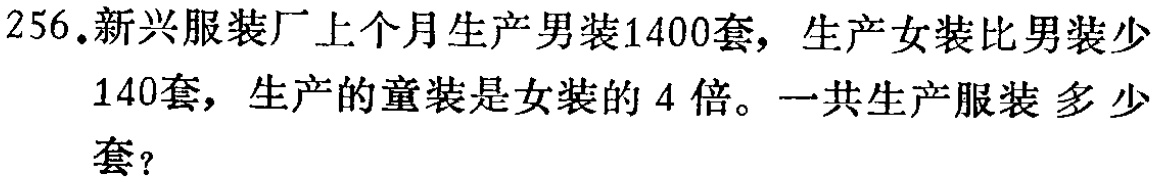
256.新兴服装厂上个月生产男装1400套，生产女装比男装少140套，生产的童装是女装的4倍。一共生产服装多少套？